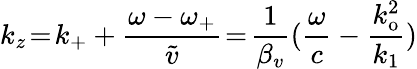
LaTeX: k_{z}\! =\! k_{+}+\frac{\omega-\omega_{+}}{\widetilde{v}}\! =\! \frac{1}{\beta_{v}}(\frac{\omega}{c}-\frac{k_{\mathrm{o}}^{2}}{k_{1}})